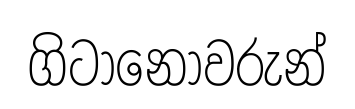
ගිටානෝවරුන්